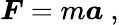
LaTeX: {\boldsymbol{F}}=m{\boldsymbol{a}}\ ,